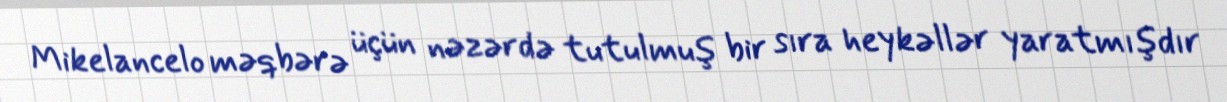
Mikelancelo məqbərə üçün nəzərdə tutulmuş bir sıra heykəllər yaratmışdır